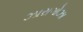
ઝારાગોઝા